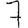
Digit: 7